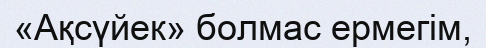
«Ақсүйек» болмас ермегім,